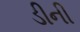
ડીની